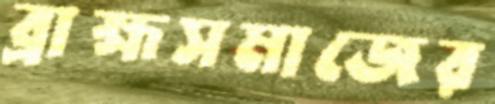
ব্রাহ্মসমাজের